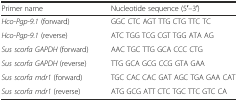
<table><thead><tr><td><b>Primer name</b></td><td><b>Nucleotide sequence (5′–3′)</b></td></tr></thead><tbody><tr><td><i>Hco-Pgp-9.1</i> (forward)</td><td>GGC CTC AGT TTG CTG TTC TC</td></tr><tr><td><i>Hco-Pgp-9.1</i> (reverse)</td><td>ATC TGG TCG CGT TGG ATA AG</td></tr><tr><td><i>Sus scorfa GAPDH</i> (forward)</td><td>AAC TGC TTG GCA CCC CTG</td></tr><tr><td><i>Sus scorfa GAPDH</i> (reverse)</td><td>TTG GCA GCG CCG GTA GAA</td></tr><tr><td><i>Sus scorfa mdr1</i> (forward)</td><td>TGC CAC CAC GAT AGC TGA GAA CAT</td></tr><tr><td><i>Sus scorfa mdr1</i> (reverse)</td><td>ATG GCG ATT CTC TGC TTC GTC CA</td></tr></tbody></table>